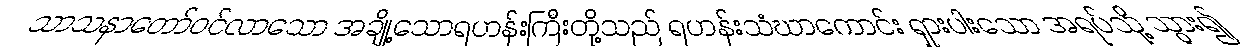
သာသနာတော်ဝင်လာသော အချို့သောရဟန်းကြီးတို့သည် ရဟန်းသံဃာကောင်း ရှားပါးသော အရပ်သို့ သွား၍